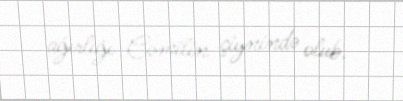
ağırlığı Cəmilin çiynində olub.